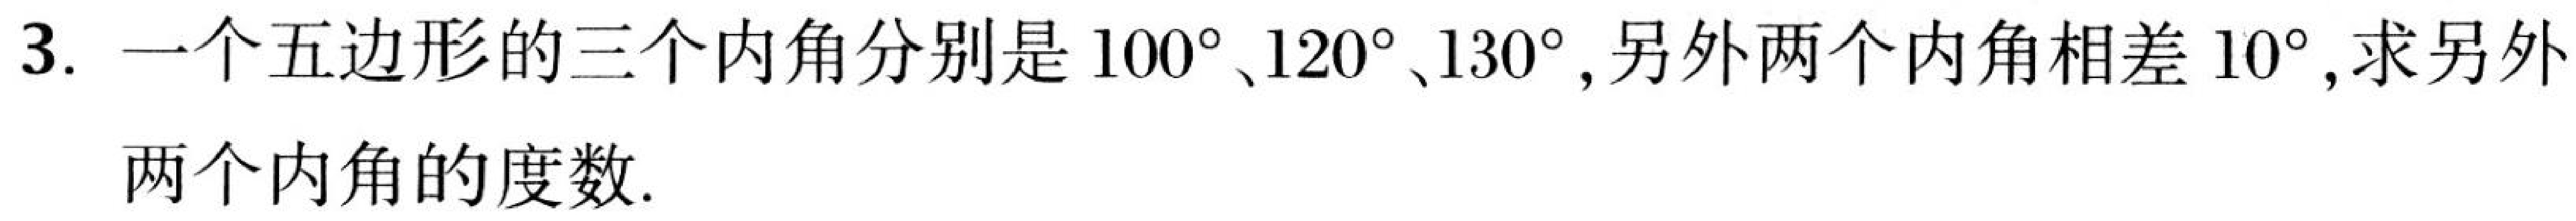
3. 一个五边形的三个内角分别是 \(100^{\circ}\)、\(120^{\circ}\)、\(130^{\circ}\), 另外两个内角相差 \(10^{\circ}\), 求另外
两个内角的度数.